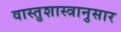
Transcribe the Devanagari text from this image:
वास्तुशास्त्रानुसार